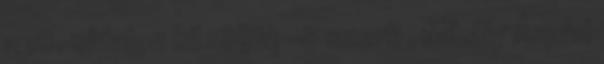
a 18. oldalon közöljük -a szerk , Mihály Árpád